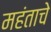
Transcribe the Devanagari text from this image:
महंताचे